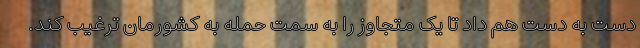
دست به دست هم داد تا یک متجاوز را به سمت حمله به کشورمان ترغیب کند.